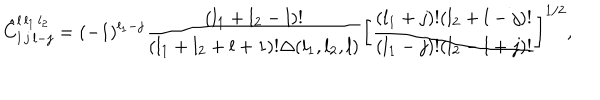
\hat { C } _ { l \, j \, l - j } ^ { l \, l _ { 1 } \, l _ { 2 } } = ( - 1 ) ^ { l _ { 1 } - j } { \frac { ( l _ { 1 } + l _ { 2 } - l ) ! } { ( l _ { 1 } + l _ { 2 } + l + 1 ) ! \Delta ( l _ { 1 } , l _ { 2 } , l ) } } \left[ { \frac { ( l _ { 1 } + j ) ! ( l _ { 2 } + l - j ) ! } { ( l _ { 1 } - j ) ! ( l _ { 2 } - l + j ) ! } } \right] ^ { 1 / 2 } ,